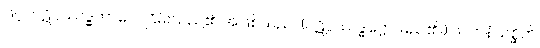
ဖြင့်။ ပဋိပ္ပဿဒ္ဓဘာဝေါ၊ ငြိမ်းသည်၏ အဖြစ်သည်။ (ပဋိပ္ပဿဒ္ဓဋ္ဌော၊ မည်၏။) ဖလာနံသစ္ဆိကိ